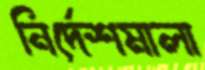
নির্দেশমালা